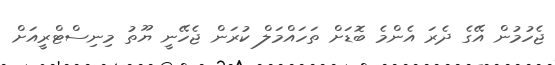
ޖެހުމުން އޭގެ ދެރަ އެންމެ ބޮޑަށް ތަހައްމަލް ކުރަން ޖެހޭނީ ޔޫތު މިނިސްޓްރީއަށް